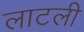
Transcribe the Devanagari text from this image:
लाटली